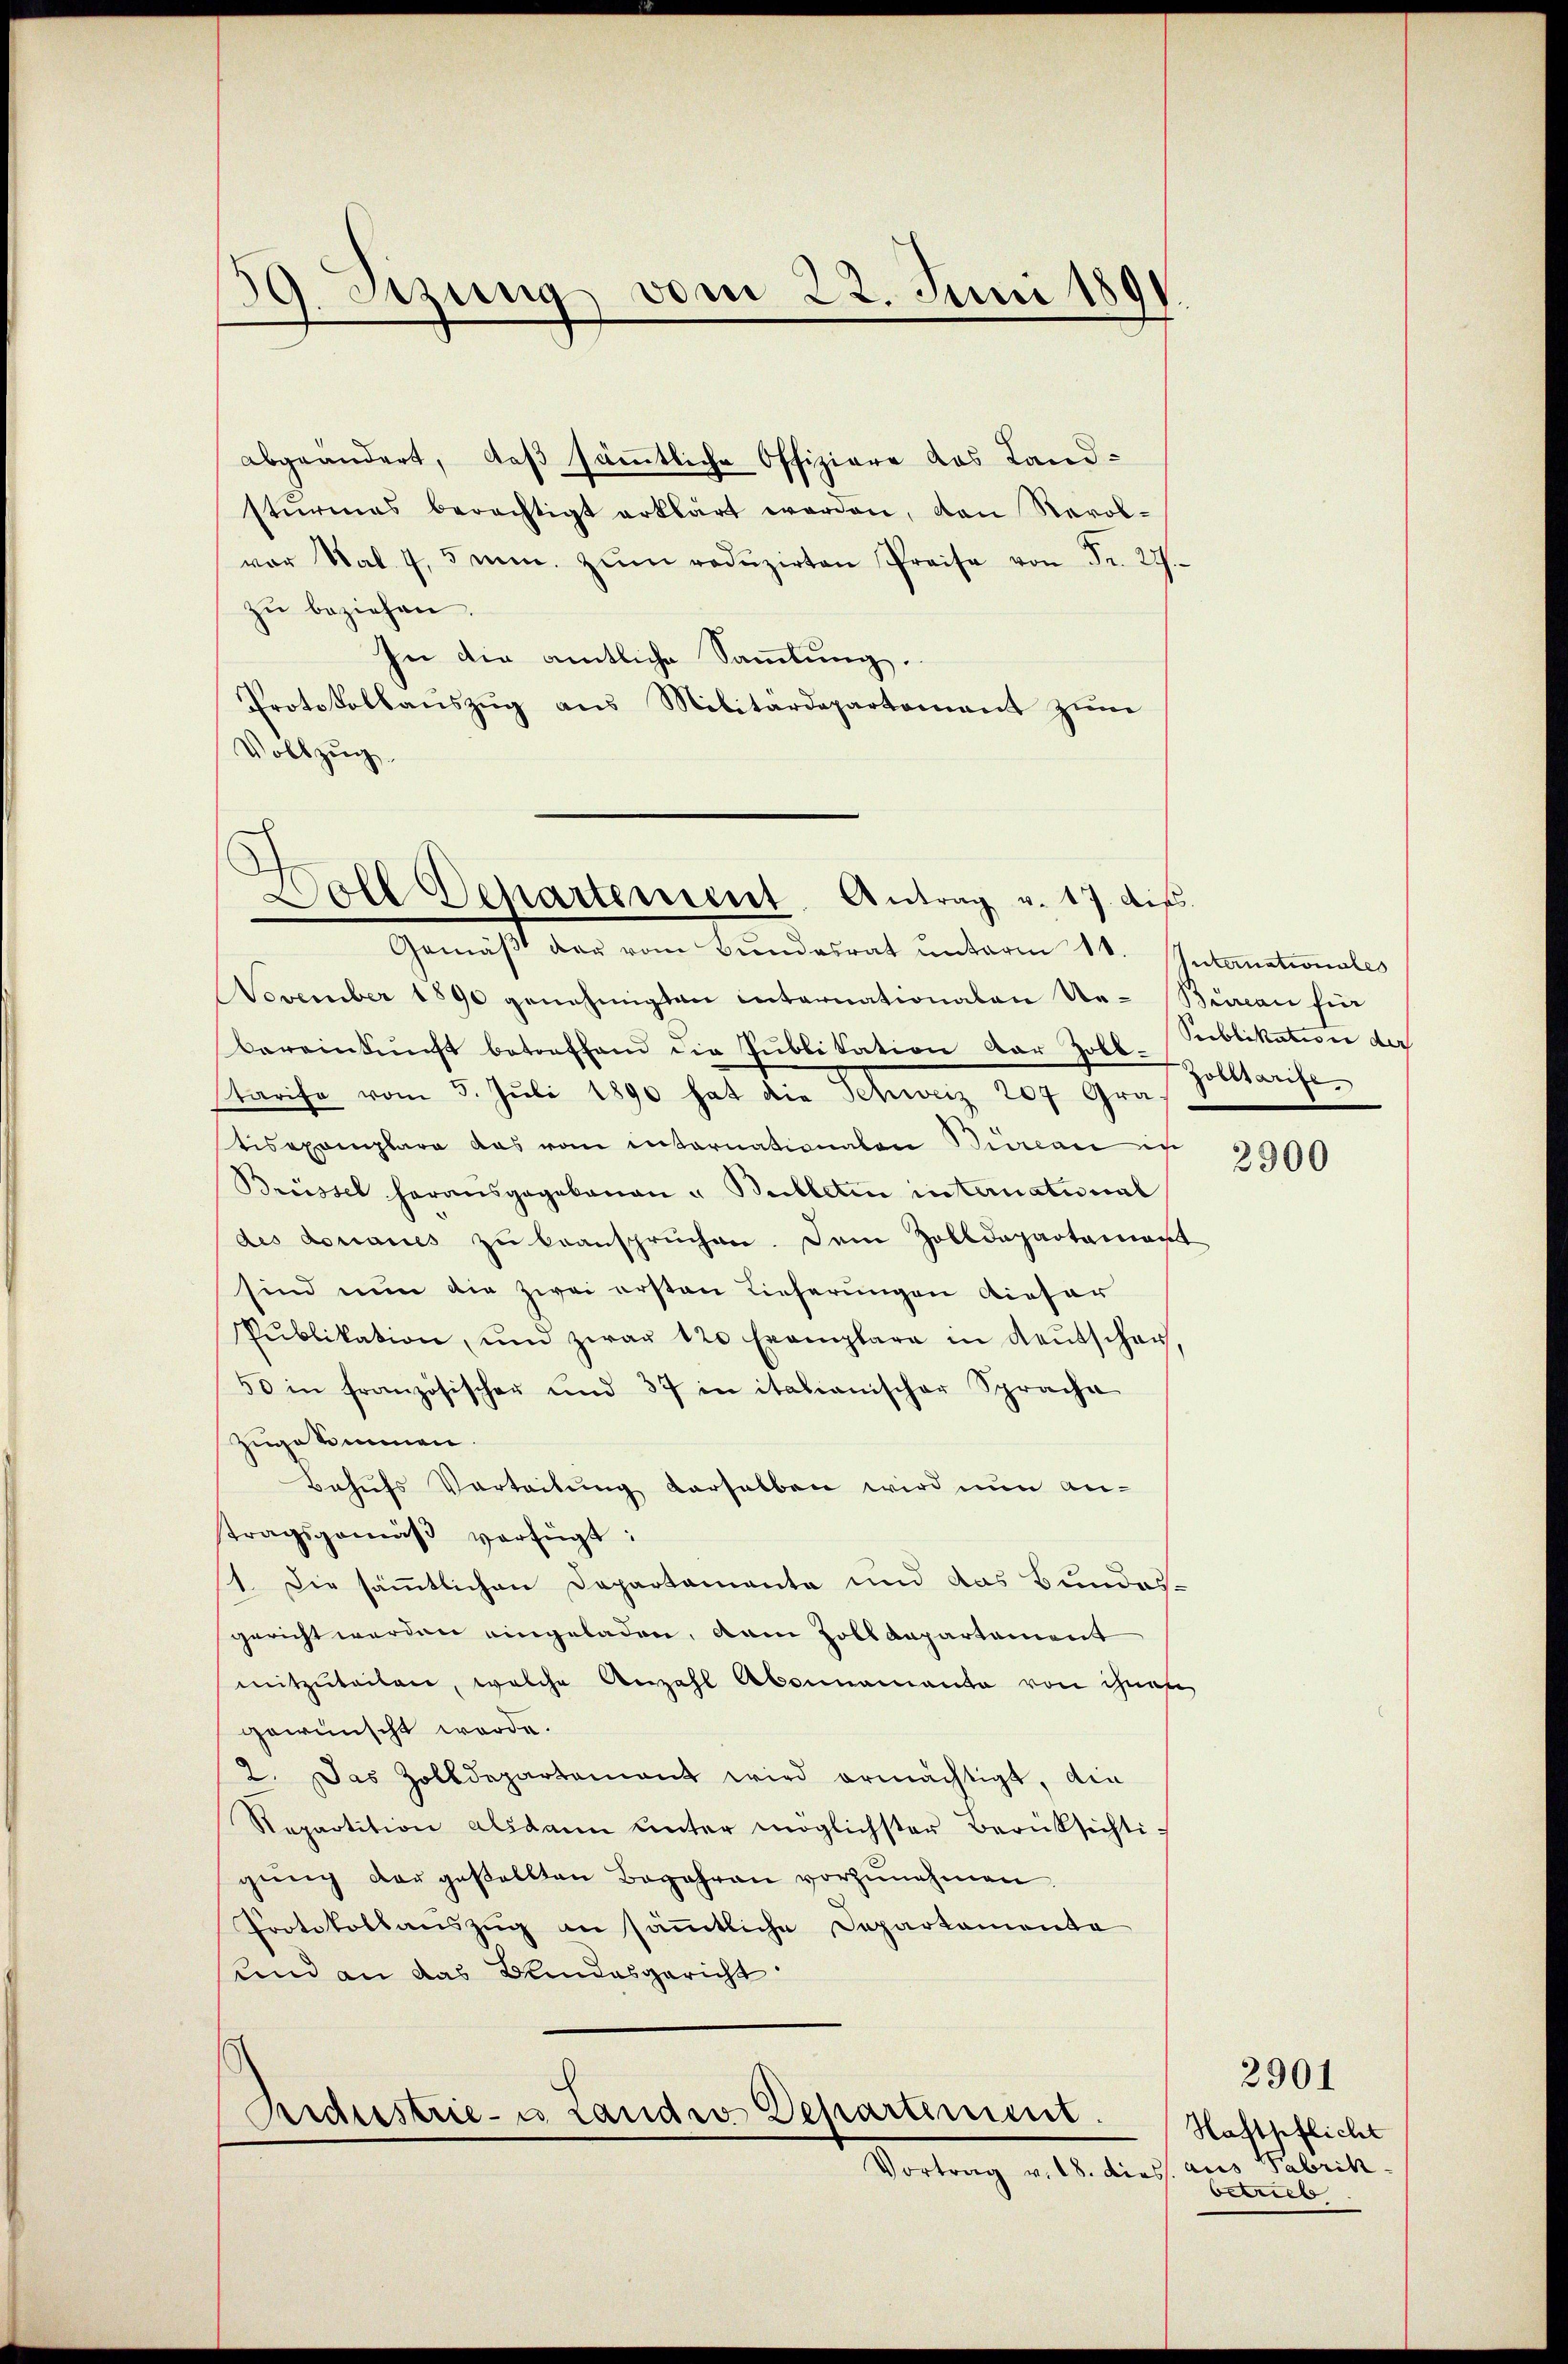
9. Sitzung vom 22. Juni 1891
f

abgeändert, daß sämmtliche Offiziere das Land-
sturmes berechtigt erklärt werden, den Revol-
vor Nat 4,5 mn. zŭm redŭzirten Preise von Fr. 27.
zŭ beziehen.
In die amtliche Sammlung.
Protokollauszug aus Militärdepartement zum
Vollzug.

Doll Departement. Antrag v. 17. die

Gemäβ der vom Bŭndesrat ŭnterm 10. Antanationales
November 1890 genehmigten internationalen Ue-Bureau fin
bereinkunft betreffend die Publikation der Zoll-Rublikation der
tarife vom 5. Jŭli 1890 hat die Schweiz 207 Gra-
tisexemplare das vom internationaten Bureau in
Brüssel herausgegebenen u Belletin international
des donaues zu beansprüchen. Dem Zolldepartament
sind nun die zwei ersten Lieferungen dieser
Publikation, und zwar 120 Exemplare in Neŭtschen,
50 in französischer und 37 in italianischer Sprache
zugekommen
Behufs Verteitung derselben wird nun antragsgemäß verfügt:
1. Die sämmtlichen Departamente und das Bundes-
gericht werden eingeladen, dem Zolldepartement
mitzŭteilen, welche Anzahl Abonnemante von ihnen
gewünscht werde.
2. Das Zolldepartamant wird ermächtigt, die
Repartition alsdann unter möglichster Berüksichti-
gŭng der gestellten Begehren vorzŭnehmen.
Protokollauszug an sämmtliche Departemente
und an das Bundesgericht

Eidestrie- u. Landwo Departement
Vortrag v. 18. dies aus Fabrik.

Joettarife

2900

Haftpflicht
betrieb

2901